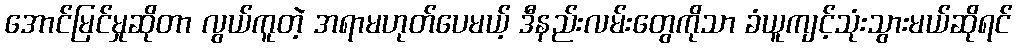
အောင်မြင်မှုဆိုတာ လွယ်ကူတဲ့ အရာမဟုတ်ပေမယ့် ဒီနည်းလမ်းတွေကိုသာ ခံယူကျင့်သုံးသွားမယ်ဆိုရင်